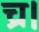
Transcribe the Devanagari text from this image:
च्र।